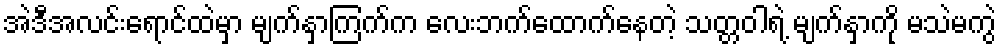
အဲဒီအလင်းရောင်ထဲမှာ မျက်နှာကြက်က လေးဘက်ထောက်နေတဲ့ သတ္တဝါရဲ့ မျက်နှာကို မသဲမကွဲ